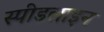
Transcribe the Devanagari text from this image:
स्पीडलाइन